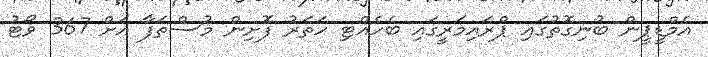
އެމްޑީޕީން ބުނިގޮތުގައި ޕްރައިމަރީގައި ބެހެއްޓި ހަތަރު ފޮށިން މުސްތަފާ އަށް 367 ވޯޓު